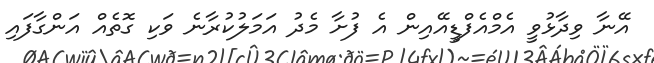
އޭނާ ވިދާޅުވީ އެމްއެފްޑީއޭއިން އެ ފުށާ މެދު އަމަލުކުރާނެ ވަކި ގޮތެއް އަންގާފައި